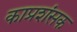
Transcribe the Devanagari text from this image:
काप्रशंसक